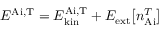
{ E ^ { \mathrm { A i , T } } = E _ { \mathrm { k i n } } ^ { \mathrm { A i , T } } + E _ { \mathrm { e x t } } \big [ n _ { \mathrm { A i } } ^ { T } \big ] }